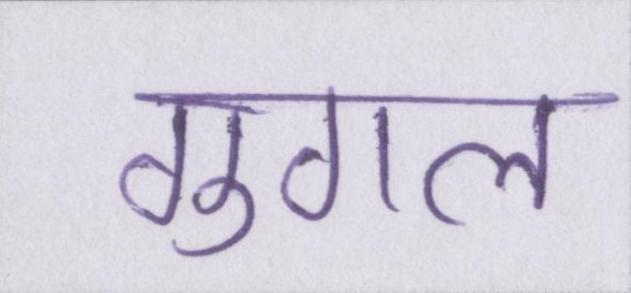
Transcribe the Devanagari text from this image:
गुगल